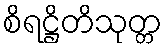
စိရဋ္ဌိတိသုတ္တ